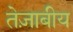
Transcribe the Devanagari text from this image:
तेज़ाबीय